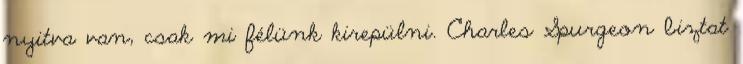
nyitva van, csak mi félünk kirepülni. Charles Spurgeon biztat